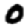
Digit: 0